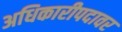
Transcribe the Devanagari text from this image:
अधिकारीपदावर